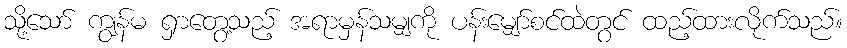
သို့သော် ကျွန်မ ရှာတွေ့သည့် အရာမှန်သမျှကို ပန်းမျှော်စင်ထဲတွင် ထည့်ထားလိုက်သည်။